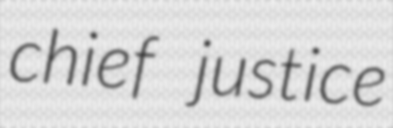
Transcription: chief justice